Annual report of the Punjab Veterinary College and of the Civil Veterinary Department, Punjab - 1920-1925
Year: 1920
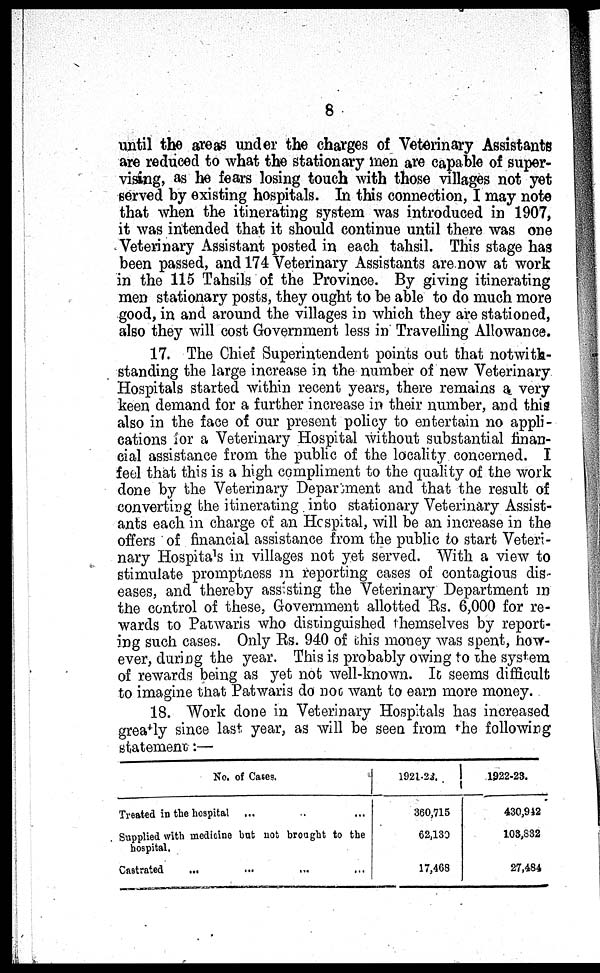
8
until the areas under the charges of Veterinary Assistants
are reduced to what the stationary men are capable of super-
vising, as he fears losing touch with those villages not yet
served by existing hospitals. In this connection, I may note
that when the itinerating system was introduced in 1907,
it was intended that it should continue until there was one
Veterinary Assistant posted in each tahsil. This stage has
been passed, and 174 Veterinary Assistants are now at work
in the 115 Tahsils of the Province. By giving itinerating
men stationary posts, they ought to be able to do much more
good, in and around the villages in which they are stationed,
also they will cost Government less in Travelling Allowance.
17. The Chief Superintendent points out that notwith-
standing the large increase in the number of new Veterinary
Hospitals started within recent years, there remains a very
keen demand for a further increase in their number, and this
also in the face of our present policy to entertain no appli-
cations for a Veterinary Hospital without substantial finan-
cial assistance from the public of the locality concerned. I
feel that this is a high compliment to the quality of the work
done by the Veterinary Department and that the result of
converting the itinerating into stationary Veterinary Assist-
ants each in charge of an Hospital, will be an increase in the
offers of financial assistance from the public to start Veteri-
nary Hospitals in villages not yet served. With a view to
stimulate promptness in reporting cases of contagious dis-
eases, and thereby assisting the Veterinary Department in
the control of these, Government allotted Rs. 6,000 for re-
wards to Patwaris who distinguished themselves by report-
ing such cases. Only Rs. 940 of this money was spent, how-
ever, during the year. This is probably owing to the system
of rewards being as yet not well-known. It seems difficult
to imagine that Patwaris do not want to earn more money.
18. Work done in Veterinary Hospitals has increased
greatly since last year, as will be seen from the following
statement:—
No. of Cases.
Treated in the hospital ... .. ...
Supplied with medicine but not brought to the
hospital.
Castrated ... ... ... ...
1921-22.
360,715
62,130
17,468
1922-23.
430,942
103,832
27,484